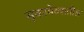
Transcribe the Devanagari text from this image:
सुकामेव्यातील